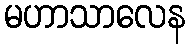
မဟာသာလေန